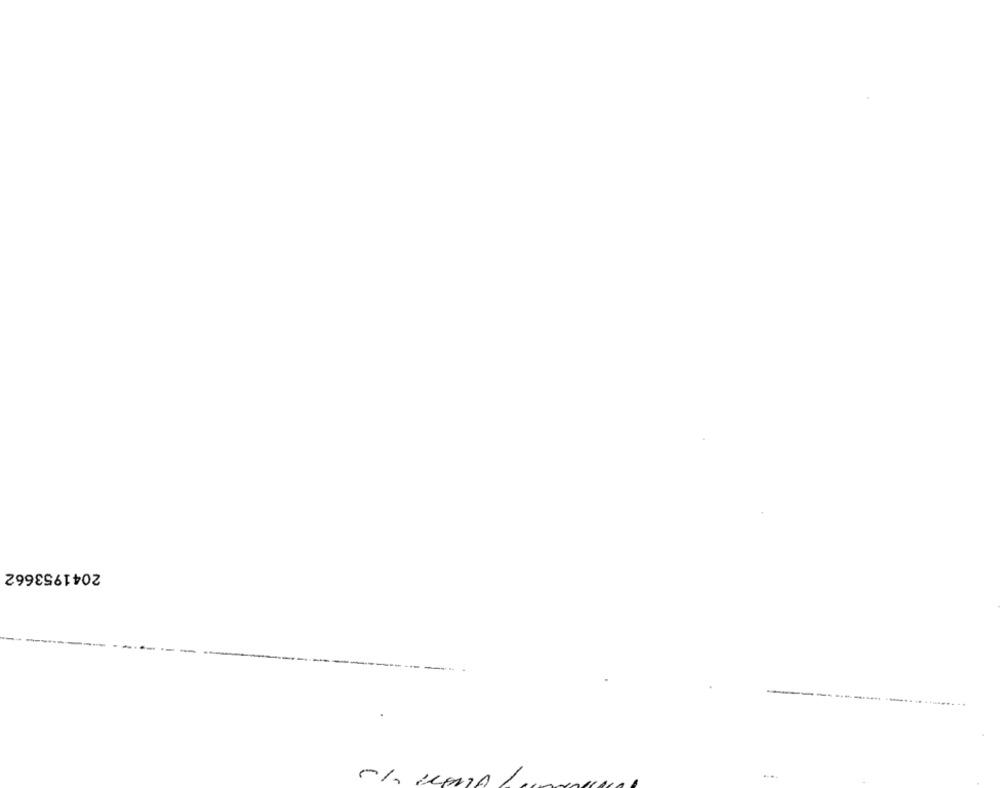
2041953662
-----
--- --.. .